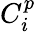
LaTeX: C_{i}^{p}